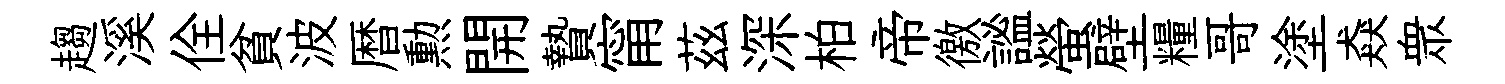
趨溪佺貧波暦勲開贄甯茲深柏帝徼謐螢壁糧哥塗猋衆